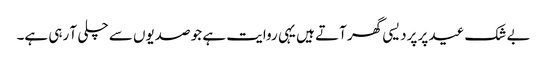
بے شک عید پر پردیسی گھر آتے ہیں یہی روایت ہے جو صدیوں سے چلی آ رہی ہے۔